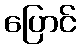
ပြောင်